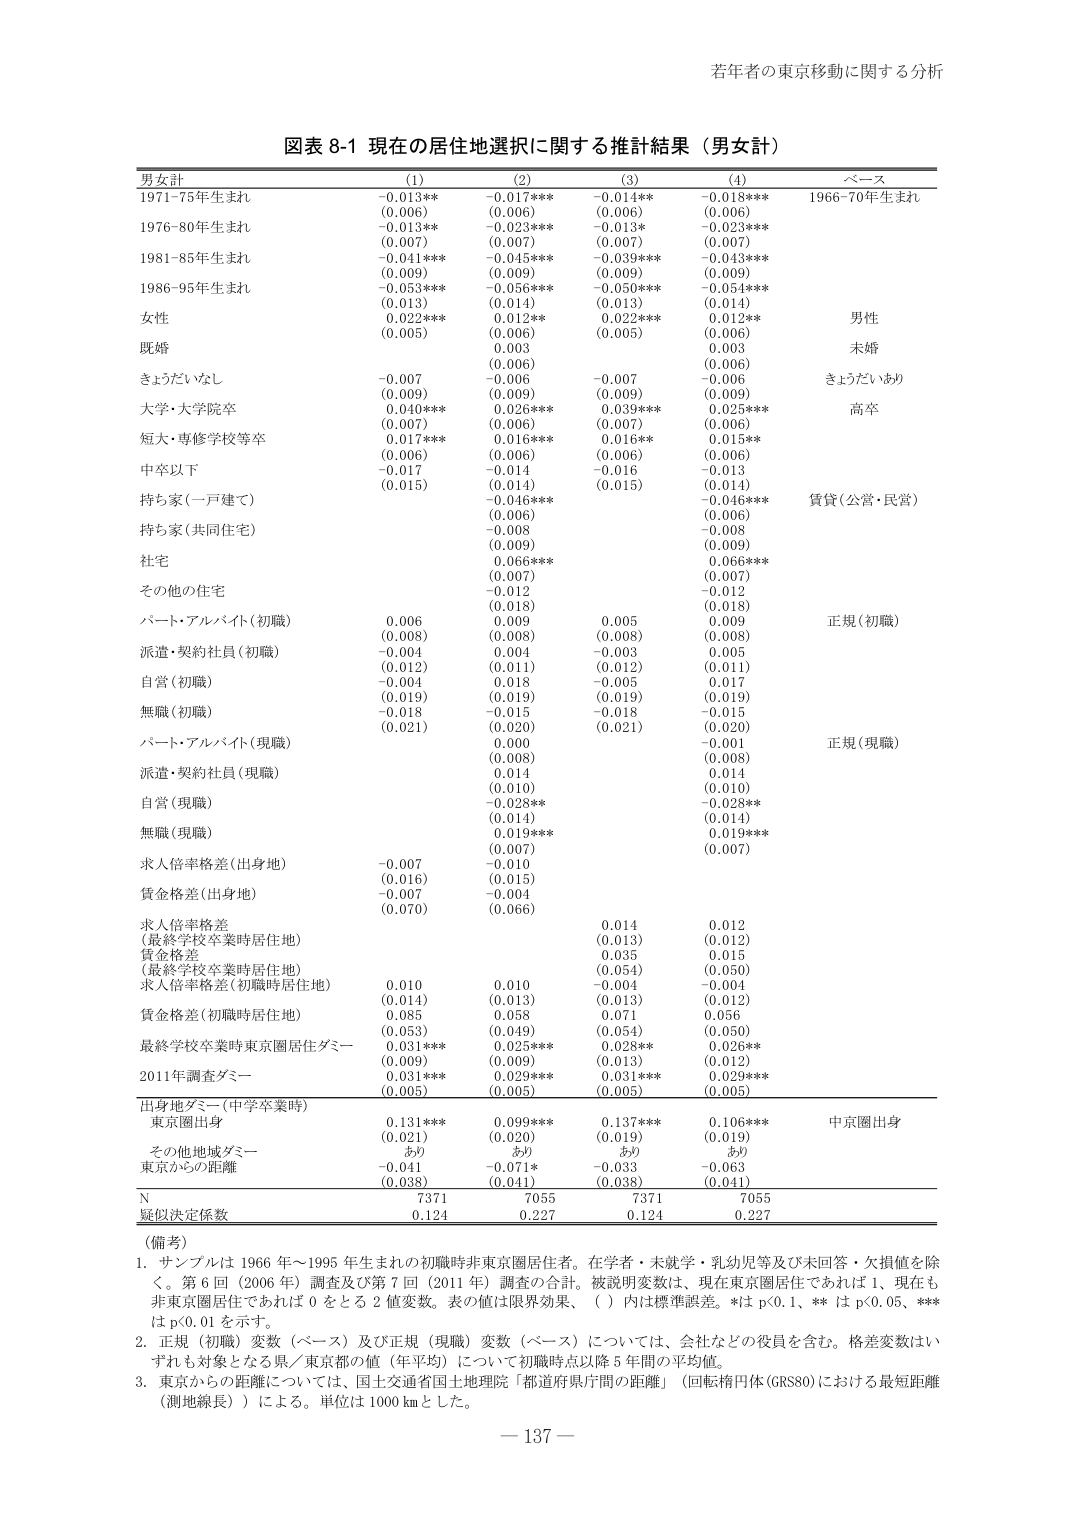
若年者の東京移動に関する分析

図表 8-1 現在の居住地選択に関する推計結果（男女計）

男女計　　　　　　　　(1)　　　　　　(2)　　　　　　(3)　　　　　　(4)　　　　　　ベース
1971-75年生まれ　　　-0.013**　　　-0.017***　　　-0.014**　　　-0.018***　　　1966-70年生まれ
　　　　　　　　　　　(0.006)　　　　(0.006)　　　　(0.006)　　　　(0.006)
1976-80年生まれ　　　-0.013**　　　-0.023***　　　-0.013*　　　　-0.023***　　　
　　　　　　　　　　　(0.007)　　　　(0.007)　　　　(0.007)　　　　(0.007)
1981-85年生まれ　　　-0.041***　　　-0.045***　　　-0.039***　　　-0.043***
　　　　　　　　　　　(0.009)　　　　(0.009)　　　　(0.009)　　　　(0.009)
1986-95年生まれ　　　-0.053***　　　-0.056***　　　-0.050***　　　-0.054***
　　　　　　　　　　　(0.013)　　　　(0.014)　　　　(0.013)　　　　(0.014)
女性　　　　　　　　　0.022***　　　0.012**　　　　0.022***　　　0.012**
　　　　　　　　　　　(0.005)　　　　(0.006)　　　　(0.005)　　　　(0.006)　　　　男性
既婚　　　　　　　　　　　　　　　　0.003　　　　　　　　　　　　　0.003　　　　　　未婚
きょうだいなし　　　　-0.007　　　　-0.006　　　　-0.007　　　　-0.006　　　　　きょうだいあり
　　　　　　　　　　　(0.009)　　　　(0.009)　　　　(0.009)　　　　(0.009)
大学・大学院卒　　　　0.040***　　　0.026***　　　0.039***　　　0.025***
　　　　　　　　　　　(0.007)　　　　(0.006)　　　　(0.007)　　　　(0.006)　　　　高卒
短大・専修学校等卒　　0.017***　　　0.016***　　　0.016**　　　　0.015**
　　　　　　　　　　　(0.006)　　　　(0.006)　　　　(0.006)　　　　(0.006)
中卒以下　　　　　　　-0.017　　　　-0.014　　　　-0.016　　　　-0.013
　　　　　　　　　　　(0.015)　　　　(0.014)　　　　(0.015)　　　　(0.014)
持ち家（一戸建て）　　　　　　　　　-0.046***　　　　　　　　　　-0.046***　　　　賃貸（公営・民営）
　　　　　　　　　　　　　　　　　　(0.006)　　　　　　　　　　　(0.006)
持ち家（共同住宅）　　　　　　　　　-0.008　　　　　　　　　　　　-0.008
　　　　　　　　　　　　　　　　　　(0.009)　　　　　　　　　　　(0.009)
社宅　　　　　　　　　　　　　　　　0.066***　　　　　　　　　　0.066***
　　　　　　　　　　　　　　　　　　(0.007)　　　　　　　　　　　(0.007)
その他住宅　　　　　　　　　　　　　-0.012　　　　　　　　　　　-0.012
　　　　　　　　　　　　　　　　　　(0.018)　　　　　　　　　　　(0.018)
パート・アルバイト（初職）　　　　0.006　　　　0.009　　　　0.005　　　　0.009　　　　正規（初職）
　　　　　　　　　　　(0.008)　　　　(0.008)　　　　(0.008)　　　　(0.008)
派遣・契約社員（初職）　　　　　　-0.004　　　　0.004　　　　-0.003　　　　0.005
　　　　　　　　　　　(0.012)　　　　(0.011)　　　　(0.012)　　　　(0.011)
自営（初職）　　　　　　　　　　　　-0.004　　　　0.018　　　　-0.005　　　　0.017
　　　　　　　　　　　(0.019)　　　　(0.019)　　　　(0.019)　　　　(0.019)
無職（初職）　　　　　　　　　　　　-0.018　　　　-0.015　　　　-0.018　　　　-0.015
　　　　　　　　　　　(0.021)　　　　(0.020)　　　　(0.021)　　　　(0.020)
パート・アルバイト（現職）　　　　　　　　　　　0.009　　　　　　　　　　-0.001　　　　正規（現職）
　　　　　　　　　　　　　　　　　　(0.008)　　　　　　　　　　　(0.008)
派遣・契約社員（現職）　　　　　　　　　　　　　0.014　　　　　　　　　　0.014
　　　　　　　　　　　　　　　　　　(0.010)　　　　　　　　　　　(0.010)
自営（現職）　　　　　　　　　　　　　　　　　　-0.028**　　　　　　　　-0.028**
　　　　　　　　　　　　　　　　　　(0.014)　　　　　　　　　　　(0.014)
無職（現職）　　　　　　　　　　　　　　　　　　0.019***　　　　　　　　0.019***
　　　　　　　　　　　　　　　　　　(0.007)　　　　　　　　　　　(0.007)
求人倍率格差（出身地）　　　　　　-0.007　　　　-0.010
　　　　　　　　　　　(0.016)　　　　(0.015)
賃金格差（出身地）　　　　　　　　-0.007　　　　-0.004
　　　　　　　　　　　(0.070)　　　　(0.066)
求人倍率格差　　　　　　　　　　　　　　　　　　　0.014　　　　0.012
（最終学校卒業時居住地）　　　　　　　　　　　　　(0.013)　　　(0.012)
賃金格差　　　　　　　　　　　　　　　　　　　　　0.035　　　　0.015
（最終学校卒業時居住地）　　　　　　　　　　　　　(0.054)　　　(0.050)
求人倍率格差（初職時居住地）　　　0.010　　　　0.010　　　　-0.004　　　　-0.004
　　　　　　　　　　　(0.014)　　　　(0.013)　　　　(0.013)　　　　(0.012)
賃金格差（初職時居住地）　　　　0.085　　　　0.058　　　　0.071　　　　0.056
　　　　　　　　　　　(0.053)　　　　(0.049)　　　　(0.054)　　　　(0.050)
最終学校卒業時東京圏居住ダミー　0.031***　　　0.025***　　　0.028**　　　0.026***
　　　　　　　　　　　(0.009)　　　　(0.009)　　　　(0.013)　　　　(0.012)
2011年調査ダミー　　　0.031***　　　0.029***　　　0.031***　　　0.029***
　　　　　　　　　　　(0.005)　　　　(0.005)　　　　(0.005)　　　　(0.005)
出身地ダミー（中学卒業時）　　　　　　　　　　　　　　　　　　　　　　　　　　　　中京圏出身
東京圏出身　　　　　　0.131***　　　0.099***　　　0.137***　　　0.106***
　　　　　　　　　　　(0.021)　　　　(0.020)　　　　(0.019)　　　　(0.019)
その他地域ダミー　　　　　　　　　　　　　　　　　　　　　　　　　　　　　　　　あり
東京からの距離　　　　-0.041　　　　-0.071*　　　　-0.033　　　　-0.063
　　　　　　　　　　　(0.038)　　　　(0.041)　　　　(0.038)　　　　(0.041)
N　　　　　　　　　　　7371　　　　　7055　　　　　7371　　　　　7055
疑似決定係数　　　　　0.124　　　　0.227　　　　　0.124　　　　0.227

（備考）
1. サンプルは 1966 年～1995 年生まれの初職時非東京圏居住者。在学者・未就学・乳幼児等及び未回答・欠損値を除く。第 6 回（2006 年）調査及び第 7 回（2011 年）調査の合計。被説明変数は、現在東京圏居住であれば 1、現在も非東京圏居住であれば 0 をとる 2 値変数。表の値は限界効果、（ ）内は標準誤差。*は p<0.1、** は p<0.05、*** は p<0.01 を示す。
2. 正規（初職）変数（ベース）及び正規（現職）変数（ベース）については、会社などの役員を含む。格差変数はいずれも対象となる県／東京都の値（年平均）について初職時点以降 5 年間の平均値。
3. 東京からの距離については、国土交通省国土地理院「都道府県庁間の距離」（回転楕円体(GRS80)における最短距離（測地線長））による。単位は 1000 km とした。

－ 137 －